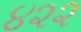
૪૨૨